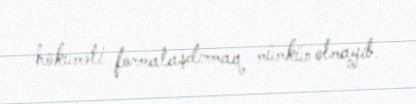
hökuməti formalaşdırmaq mümkün olmayıb.